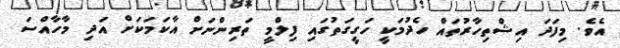
އެވެ. މިފަދަ އިޝްތިހާރުތައް ހެދުމަކީ ހަގީގަތުގައި ފިލްމީ ތަރިންނަށް އާކަމަކަށް އަދި މާހާއްސަ